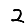
Digit: 2